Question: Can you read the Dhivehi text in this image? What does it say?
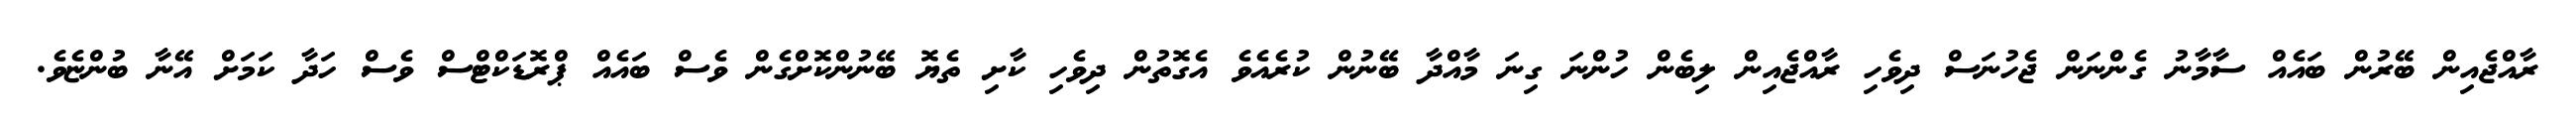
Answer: ރާއްޖެއިން ބޭރުން ބައެއް ސާމާނު ގެންނަން ޖެހުނަސް ދިވެހި ރާއްޖެއިން ލިބެން ހުންނަ ގިނަ މާއްދާ ބޭނުން ކުރެއެވެ އެގޮތުން ދިވެހި ކާށި ތެޔޮ ބޭނުންކޮށްގެން ވެސް ބައެއް ޕްރޮޑަކްޓްސް ވެސް ހަދާ ކަމަށް އޭނާ ބުންޏެވެ.